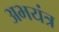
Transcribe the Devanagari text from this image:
अभयंत्र